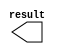
module div4(
	output wire	[31:0] result
);

assign result = {data[31], data[30:23] - 2, data[22:0]};

endmodule